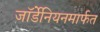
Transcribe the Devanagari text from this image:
जॉर्डेनियनमार्फत